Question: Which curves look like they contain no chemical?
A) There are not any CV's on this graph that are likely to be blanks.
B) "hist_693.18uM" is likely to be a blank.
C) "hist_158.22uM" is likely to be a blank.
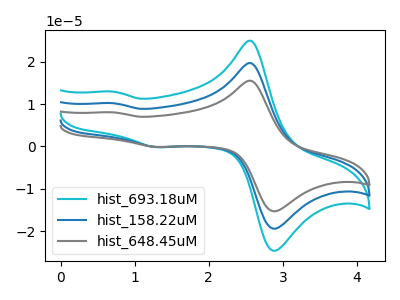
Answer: <think>The cyan curve "hist_693.18uM" has anodic peaks at (2.55V, 24.85uA) (0.70V, 12.90uA) and cathodic peaks at (2.95V, -24.30uA) (1.30V, -0.20uA). The blue curve "hist_158.22uM" has anodic peaks at (2.55V, 19.60uA) (0.70V, 10.20uA) and cathodic peaks at (2.95V, -19.15uA) (1.30V, -0.15uA). The gray curve "hist_648.45uM" has anodic peaks at (2.55V, 39.20uA) (0.70V, 20.35uA) and cathodic peaks at (2.95V, -38.30uA) (1.30V, -0.30uA).</think>
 <answer>A) There are not any CV's on this graph that are likely to be blanks.</answer>
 <eval>A</eval>